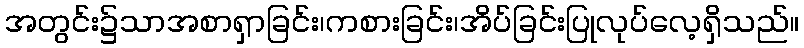
အတွင်း၌သာအစာရှာခြင်း၊ကစားခြင်း၊အိပ်ခြင်းပြုလုပ်လေ့ရှိသည်။